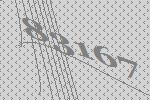
83167